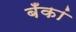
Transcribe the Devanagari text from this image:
बँकां